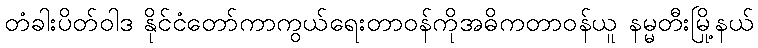
တံခါးပိတ်ဝါဒ နိုင်ငံတော်ကာကွယ်ရေးတာဝန်ကိုအဓိကတာဝန်ယူ နမ္မတီးမြို့နယ်